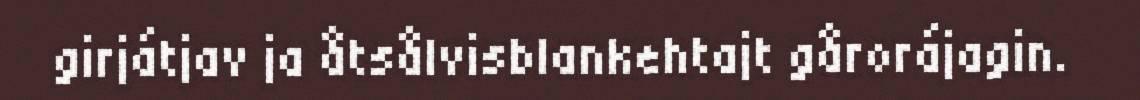
girjátjav ja åtsålvisblankehtajt gårorájagin.